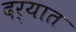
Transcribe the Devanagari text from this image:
दर्यात